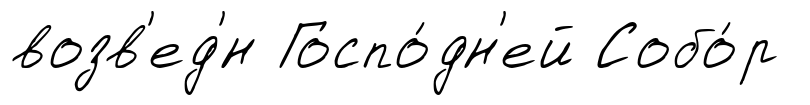
возв'ед'́н Госпо́дн'ей Собо́р